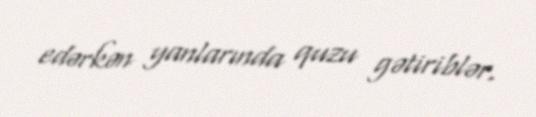
edərkən yanlarında quzu gətiriblər.